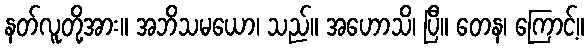
နတ်လူတို့အား။ အဘိသမယော၊ သည်။ အဟောသိ၊ ပြီ။ တေန၊ ကြောင့်။